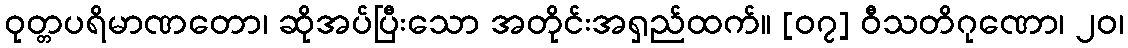
ဝုတ္တပရိမာဏတော၊ ဆိုအပ်ပြီးသော အတိုင်းအရှည်ထက်။ [၀၇] ဝီသတိဂုဏော၊ ၂၀၊